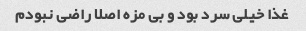
غذا خیلی سرد بود و بی مزه اصلا راضی نبودم